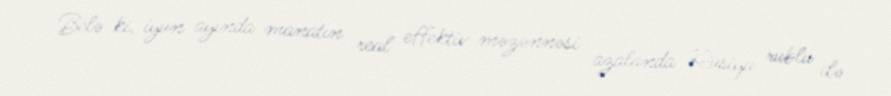
Belə ki, iyun ayında manatın real effektiv məzənnəsi azalanda Rusiya rublu ilə